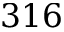
3 1 6